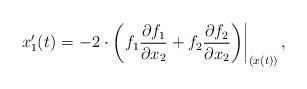
LaTeX: \begin{align*} x_1'(t) = \left. -2\cdot\left( f_1\frac{\partial f_1}{\partial x_2} + f_2\frac{\partial f_2}{\partial x_2}\right)\right|_{ (x(t))},\end{align*}